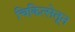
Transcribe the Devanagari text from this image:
चिकित्सेतून